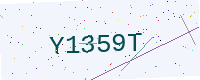
Text: Y1359T